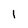
Character: 1